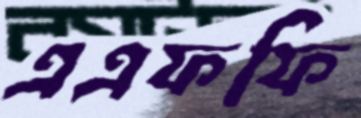
এএফফি